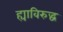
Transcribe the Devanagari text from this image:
ह्याविरुद्ध